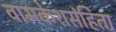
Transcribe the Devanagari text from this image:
वामकेशसंहिता